Indian journal of veterinary science and animal husbandry - Volume 12,
Year: 1942
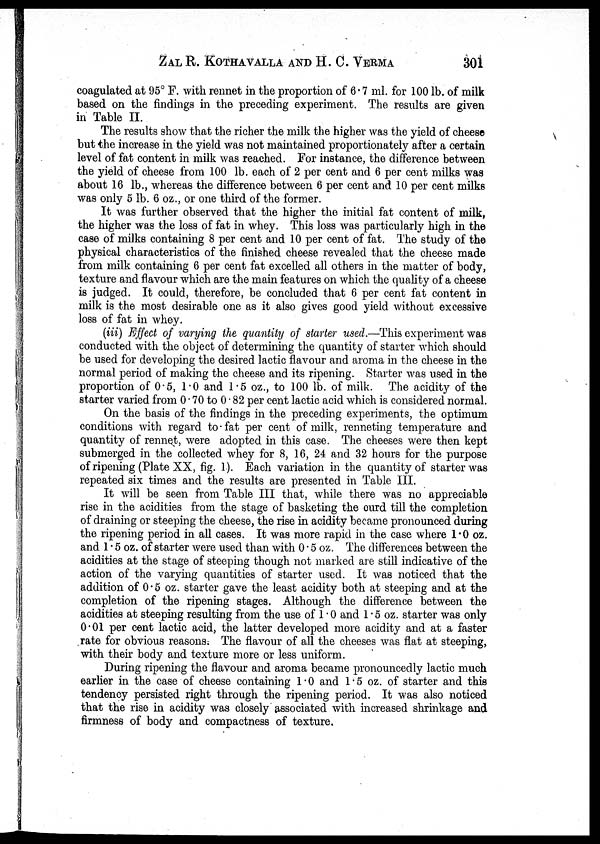
ZAL R. KOTHAVALLA AND H. C. VERMA 301
coagulated at 95° F. with rennet in the proportion of 6.7 ml. for 100 lb. of milk
based on the findings in the preceding experiment. The results are given
in Table II.
The results show that the richer the milk the higher was the yield of cheese
but the increase in the yield was not maintained proportionately after a certain
level of fat content in milk was reached. For instance, the difference between
the yield of cheese from 100 lb. each of 2 per cent and 6 per cent milks was
about 16 lb., whereas the difference between 6 per cent and 10 per cent milks
was only 5 lb. 6 oz., or one third of the former.
It was further observed that the higher the initial fat content of milk,
the higher was the loss of fat in whey. This loss was particularly high in the
case of milks containing 8 per cent and 10 per cent of fat. The study of the
physical characteristics of the finished cheese revealed that the cheese made
from milk containing 6 per cent fat excelled all others in the matter of body,
texture and flavour which are the main features on which the quality of a cheese
is judged. It could, therefore, be concluded that 6 per cent fat content in
milk is the most desirable one as it also gives good yield without excessive
loss of fat in whey.
(iii) Effect of varying the quantity of starter used.—This experiment was
conducted with the object of determining the quantity of starter which should
be used for developing the desired lactic flavour and aroma in the cheese in the
normal period of making the cheese and its ripening. Starter was used in the
proportion of 0.5, 1.0 and 1.5 oz., to 100 lb. of milk. The acidity of the
starter varied from 0.70 to 0.82 per cent lactic acid which is considered normal.
On the basis of the findings in the preceding experiments, the optimum
conditions with regard to fat per cent of milk, renneting temperature and
quantity of rennet, were adopted in this case. The cheeses were then kept
submerged in the collected whey for 8, 16, 24 and 32 hours for the purpose
of ripening (Plate XX, fig. 1). Each variation in the quantity of starter was
repeated six times and the results are presented in Table III.
It will be seen from Table III that, while there was no appreciable
rise in the acidities from the stage of basketing the curd till the completion
of draining or steeping the cheese, the rise in acidity became pronounced during
the ripening period in all cases. It was more rapid in the case where 1.0 oz.
and 1.5 oz. of starter were used than with 0.5 oz. The differences between the
acidities at the stage of steeping though not marked are still indicative of the
action of the varying quantities of starter used. It was noticed that the
addition of 0.5 oz. starter gave the least acidity both at steeping and at the
completion of the ripening stages. Although the difference between the
acidities at steeping resulting from the use of 1.0 and 1.5 oz. starter was only
0.01 per cent lactic acid, the latter developed more acidity and at a faster
rate for obvious reasons; The flavour of all the cheeses was flat at steeping,
with their body and texture more or less uniform.
During ripening the flavour and aroma became pronouncedly lactic much
earlier in the case of cheese containing 1.0 and 1.5 oz. of starter and this
tendency persisted right through the ripening period. It was also noticed
that the rise in acidity was closely associated with increased shrinkage and
firmness of body and compactness of texture.